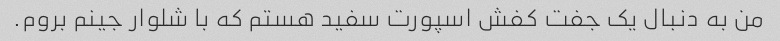
من به دنبال یک جفت کفش اسپورت سفید هستم که با شلوار جینم بروم.